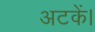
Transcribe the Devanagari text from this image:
अटकें।